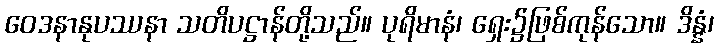
ဝေဒနာနုပဿနာ သတိပဋ္ဌာန်တို့သည်။ ပုရိမာနံ၊ ရှေး၌ဖြစ်ကုန်သော။ ဒိန္နံ၊